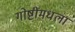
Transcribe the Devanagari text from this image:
गोष्टींमधला